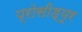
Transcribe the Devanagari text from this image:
प्रोसीड्यूर